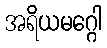
အရိယမဂ္ဂေါ